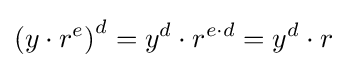
{(y\cdot r^{e})}^{d}=y^{d}\cdot r^{e\cdot d}=y^{d}\cdot r